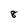
Character: 8